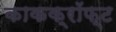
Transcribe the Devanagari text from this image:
काकक्रॉफ्ट